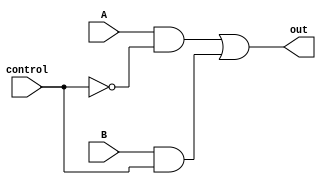
// output is A (when control == 0) or B (when control == 1)
module mux2(out, A, B, control);
    output out;
    input  A, B;
    input  control;
    wire   wA, wB, not_control;
         
    not n1(not_control, control);
    and a1(wA, A, not_control);
    and a2(wB, B, control);
    or  o1(out, wA, wB);
endmodule // mux2

// output is A (when control == 00) or B (when control == 01) or
//           C (when control == 10) or D (when control == 11)
module mux4(out, A, B, C, D, control);
    output      out;
    input       A, B, C, D;
    input [1:0] control;

    wire w1, w2;
    mux2 mx1(w1, A, B, control[0]);
    mux2 mx2(w2, C, D, control[0]);
    mux2 mx3(out, w1, w2, control[1]);
endmodule // mux4